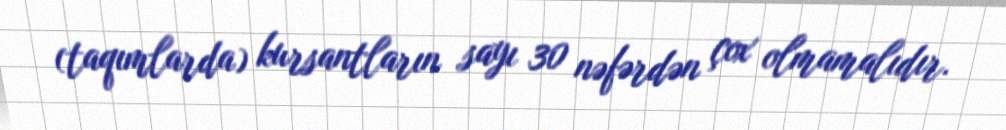
(taqımlarda) kursantların sayı 30 nəfərdən çox olmamalıdır.